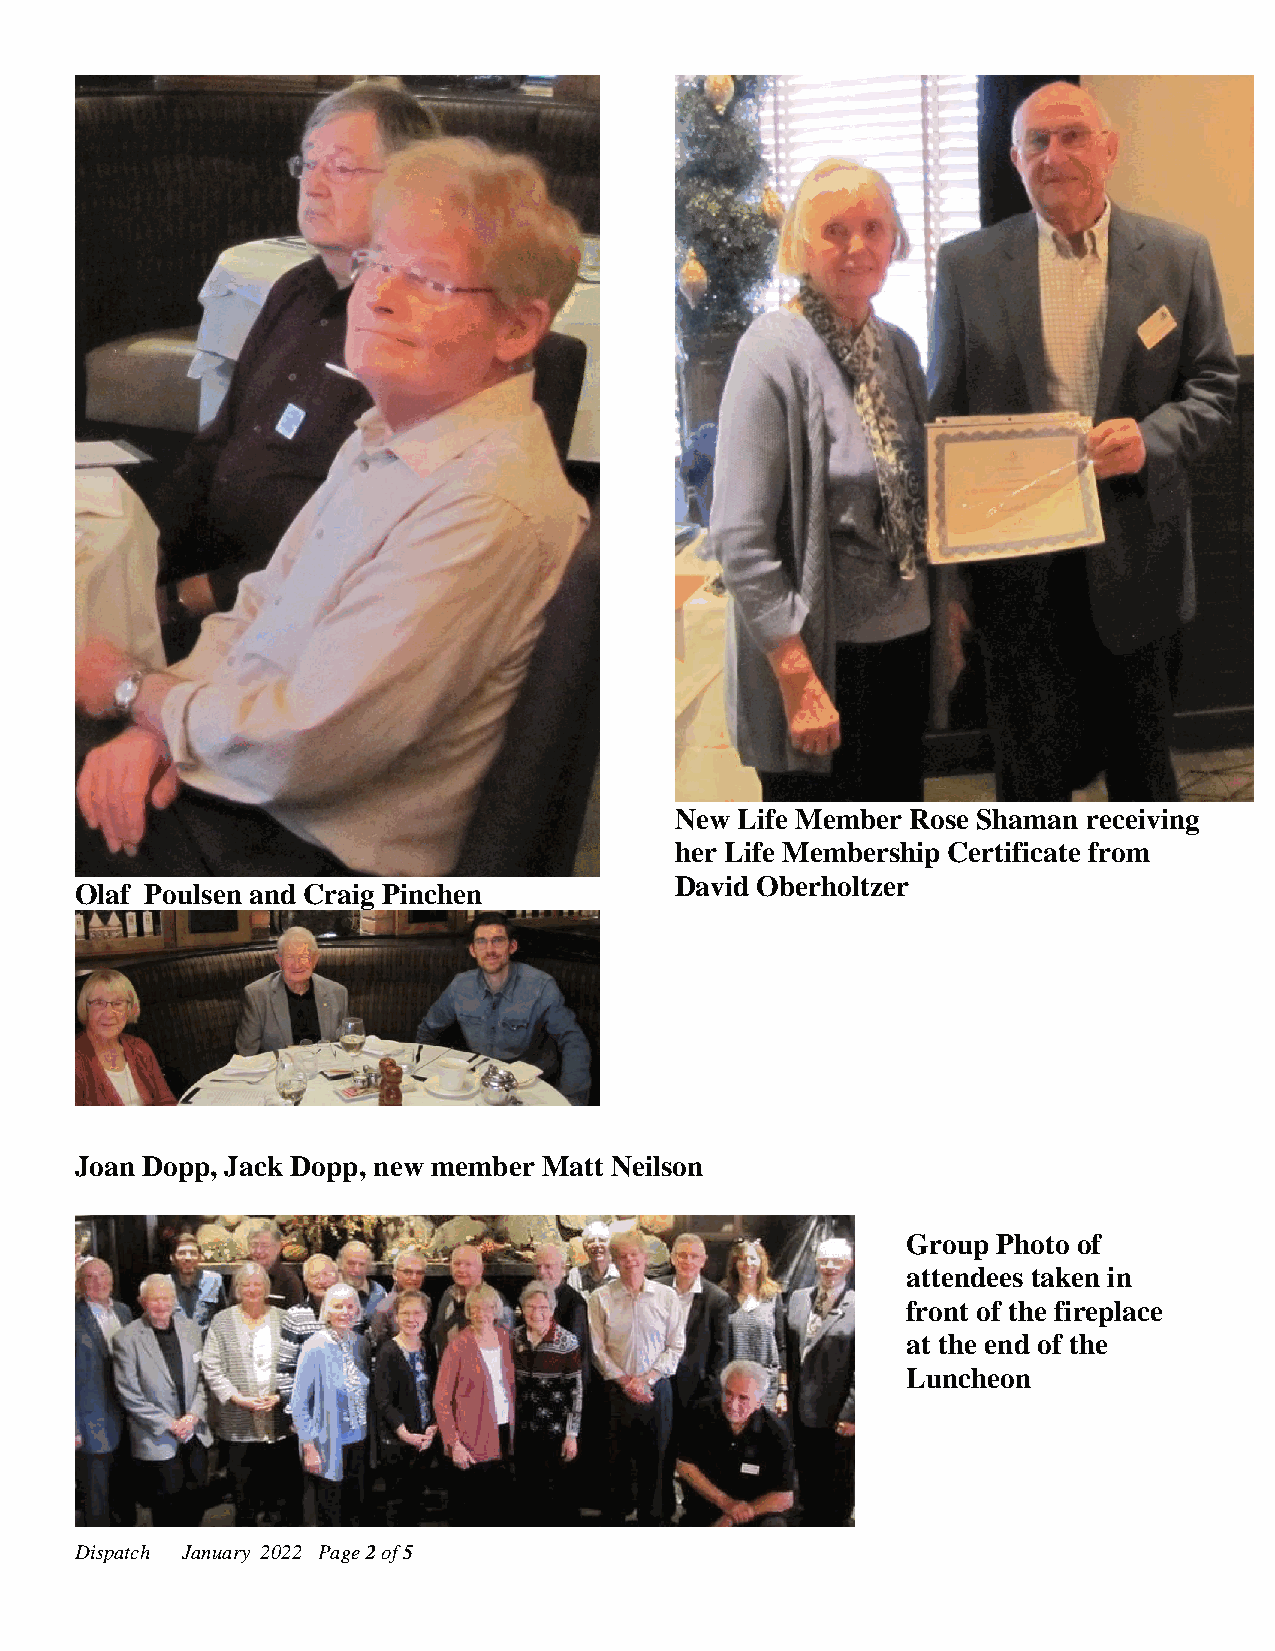
New Life Member Rose Shaman receiving
 her Life Membership Certificate from
 David Oberholtzer
 Olaf Poulsen and Craig Pinchen
 Joan Dopp, Jack Dopp, new member Matt Neilson
 Group Photo of
 attendees taken in
 front of the fireplace
 at the end of the
 Luncheon
 D ispatch January 2022 Page 2 of 5